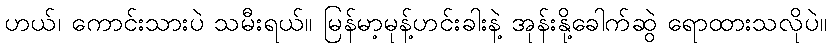
ဟယ်၊ ကောင်းသားပဲ သမီးရယ်။ မြန်မာ့မုန့်ဟင်းခါးနဲ့ အုန်းနို့ခေါက်ဆွဲ ရောထားသလိုပဲ။